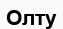
Олту